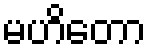
မဟိတော